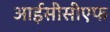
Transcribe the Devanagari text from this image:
आईसीसीएफ